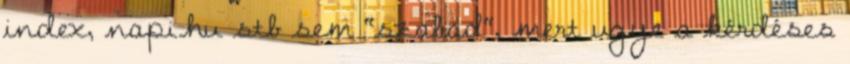
index, napi.hu stb sem "szabad", mert ugye a kérdéses